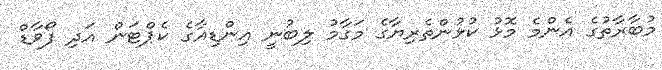
މުބާރާތުގެ އެންމެ މޮޅު ކުޅުންތެރިޔާގެ މަގާމު ލިބުނީ އިންޑިއާގެ ކެޕްޓަން އަދި ފޯވާޑް